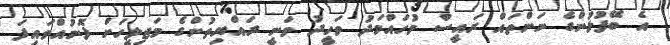
އެ ބޭފުޅުންގެ ނަންތައް ރައީސް މުހައްމަދު ވަހީދު ވަނީ ރައްޔިތުންގެ މަޖިލީހަށް ފޮނުއްވައިފަ